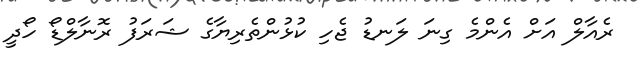
ރެއާލް އަށް އެންމެ ގިނަ ލަނޑު ޖެހި ކުޅުންތެރިޔާގެ ޝަރަފު ރޮނާލްޑޯ ހޯދީ